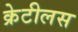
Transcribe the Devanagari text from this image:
क्रेटीलस